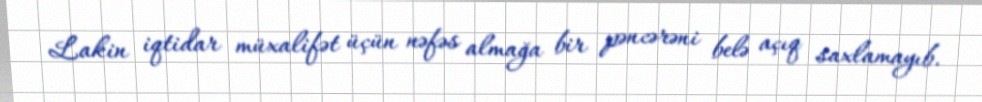
Lakin iqtidar müxalifət üçün nəfəs almağa bir pəncərəni belə açıq saxlamayıb.